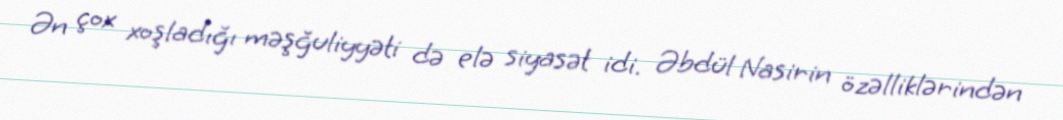
Ən çox xoşladığı məşğuliyyəti də elə siyasət idi. Əbdül Nasirin özəlliklərindən